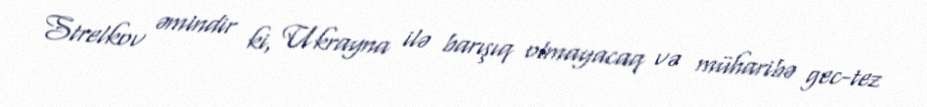
Strelkov əmindir ki, Ukrayna ilə barışıq olmayacaq və müharibə gec-tez